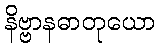
နိဗ္ဗာနဓာတုယော